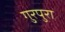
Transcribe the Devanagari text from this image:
गुरपुरा